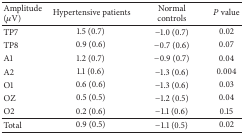
| Amplitude (μV) | Hypertensive patients | Normal controls | P value |
 | --- | --- | --- | --- |
 | TP7 | 1.5 (0.7) | −1.0 (0.7) | 0.02 |
 | TP8 | 0.9 (0.6) | −0.7 (0.6) | 0.07 |
 | A1 | 1.2 (0.7) | −0.9 (0.7) | 0.04 |
 | A2 | 1.1 (0.6) | −1.3 (0.6) | 0.004 |
 | O1 | 0.6 (0.6) | −1.3 (0.6) | 0.03 |
 | OZ | 0.5 (0.5) | −1.2 (0.5) | 0.04 |
 | O2 | 0.2 (0.6) | −1.1 (0.6) | 0.15 |
 | Total | 0.9 (0.5) | −1.1 (0.5) | 0.02 |